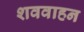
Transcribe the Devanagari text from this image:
शववाहन